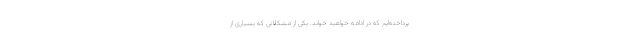
پرداخته‌ایم که در ادامه خواهید خواند. یکی از مشکلاتی که بسیاری از